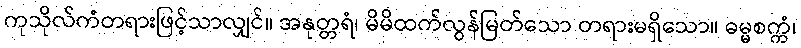
ကုသိုလ်ကံတရားဖြင့်သာလျှင်။ အနုတ္တရံ၊ မိမိထက်လွန်မြတ်သော တရားမရှိသော။ ဓမ္မစက္ကံ၊